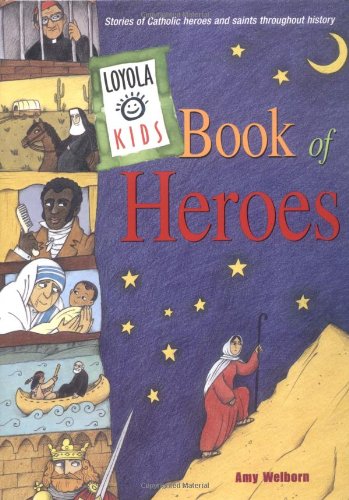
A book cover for Loyola Kids Book of Heroes: Stories of Catholic Heroes and Saints throughout History; Amy Welborn; Christian Books & Bibles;